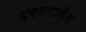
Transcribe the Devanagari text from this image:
इक्सटाईन